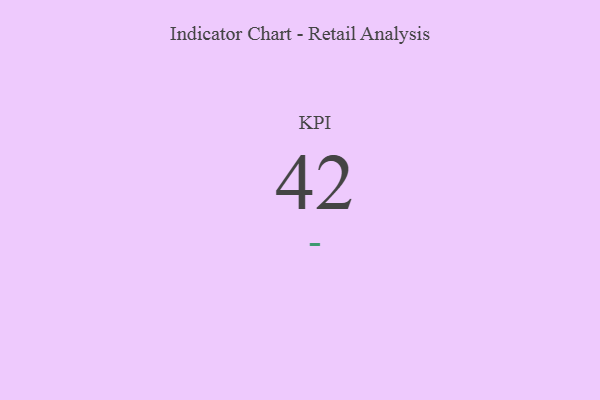
{"axis": {"x": "KPI", "y": "Value"}, "legend": [""], "data": [{"x": "KPI", "y": 42, "type": ""}]}